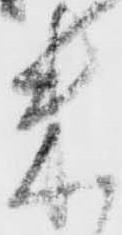
米